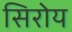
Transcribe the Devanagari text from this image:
सिरोय